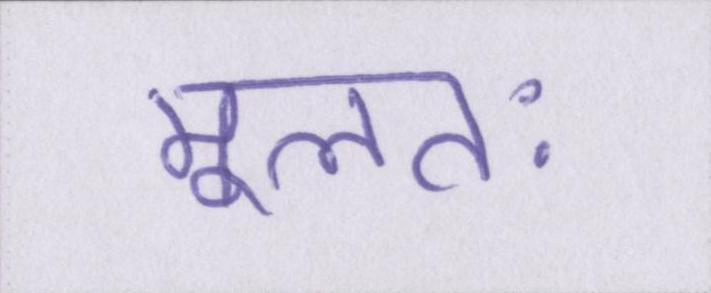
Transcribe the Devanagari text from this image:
मूलतः